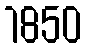
1850